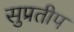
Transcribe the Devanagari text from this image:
सुप्रतीप